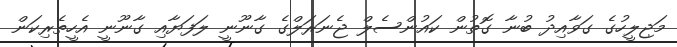
މަޖިލީހުގެ ގަވާއިދު ބުނާ ގޮތުން ކައުންސެލް ޖެނަރަލްގެ ގާނޫނީ ލަފަޔާއި ގާނޫނީ އެހީތެރިކަން